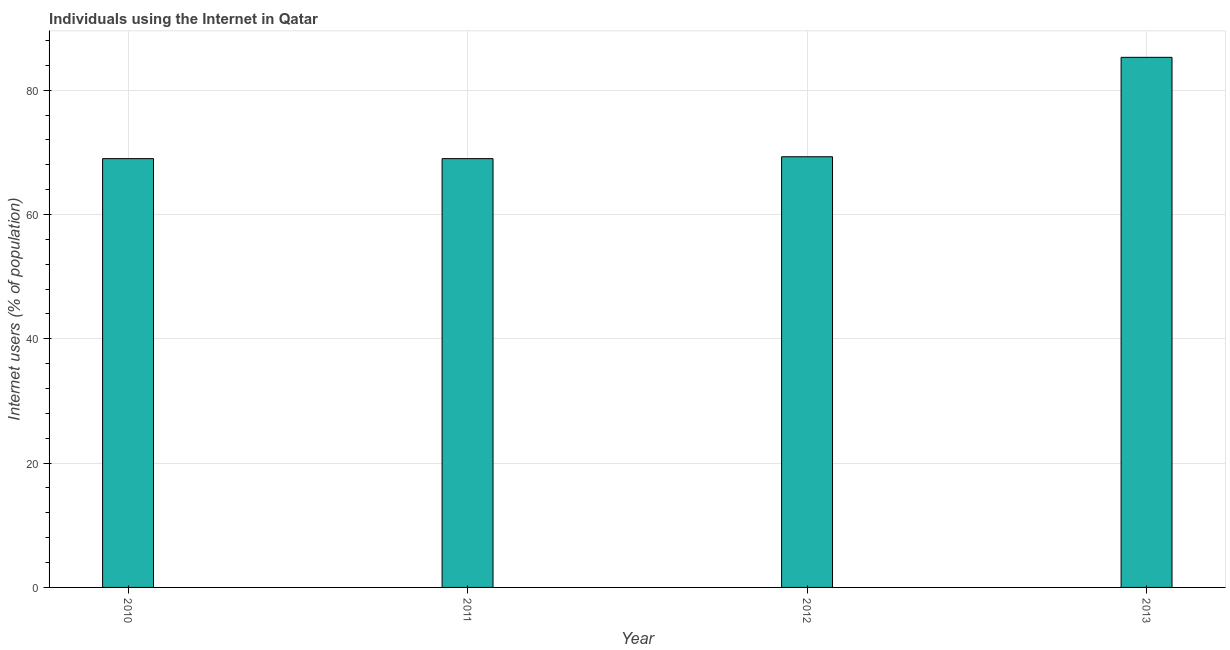
| Year | Internet users |
 | --- | --- |
 | 2010 | 69 |
 | 2011 | 69 |
 | 2012 | 69.3 |
 | 2013 | 85.3 |